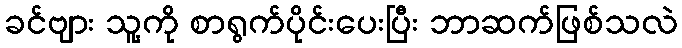
ခင်ဗျား သူ့ကို စာရွက်ပိုင်းပေးပြီး ဘာဆက်ဖြစ်သလဲ